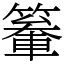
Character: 䉊